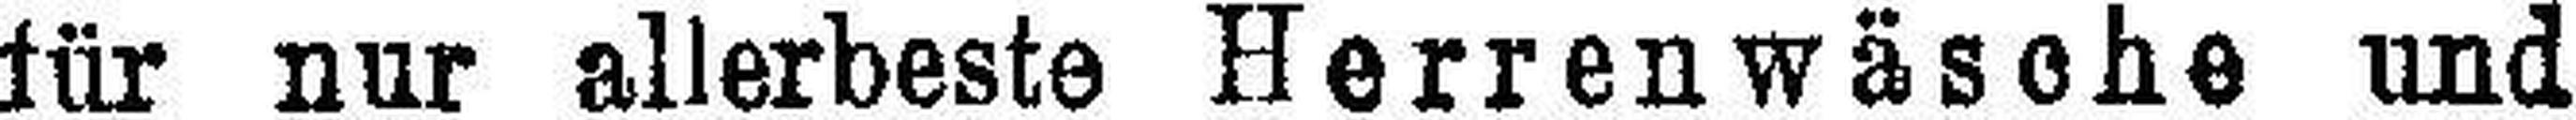
für nur allerbeste Herrenwäsche und